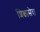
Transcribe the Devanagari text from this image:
शिक्षासेवा